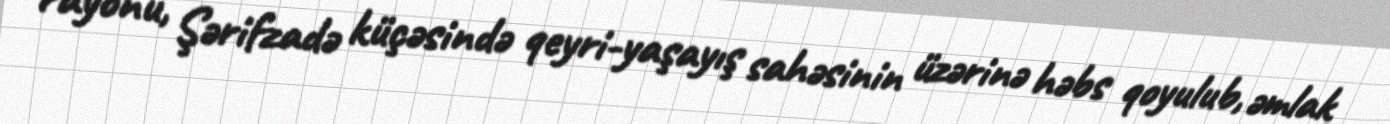
rayonu, Şərifzadə küçəsində qeyri-yaşayış sahəsinin üzərinə həbs qoyulub, əmlak